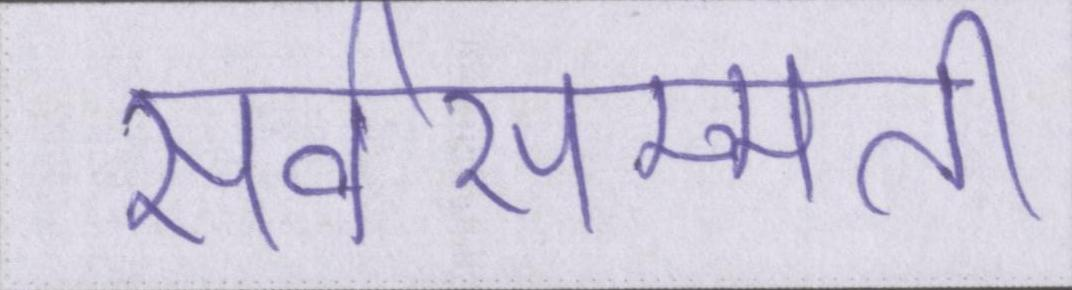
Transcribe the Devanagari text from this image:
सर्वसम्मति